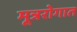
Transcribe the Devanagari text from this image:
मूत्ररोगात